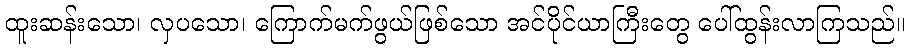
ထူးဆန်းသော၊ လှပသော၊ ကြောက်မက်ဖွယ်ဖြစ်သော အင်ပိုင်ယာကြီးတွေ ပေါ်ထွန်းလာကြသည်။